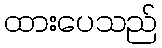
ထားပေသည်